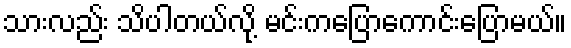
သားလည်း သိပါတယ်လို့ မင်းကပြောကောင်းပြောမယ်။